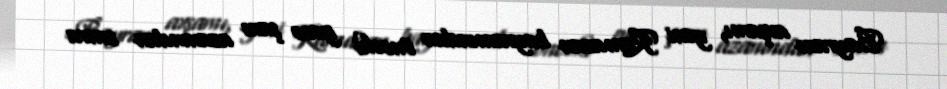
Bayram axşamı, yəni Ramazan bayramından öncəki gecə şam azanından sonra